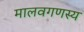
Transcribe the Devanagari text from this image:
मालवगणस्य